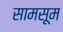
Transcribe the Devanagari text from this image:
सामसूम